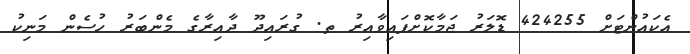
އެކައުންޓަށް 424255 ޑޮލަރު ޖަމާކޮށްފައިވާއިރު ތ. ގުރައިދޫ ދާއިރާގެ މެންބަރު ހުސެން މަނިކު